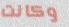
وكانت